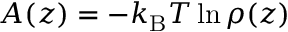
A ( z ) = - k _ { \mathrm { B } } T \ln \rho ( z )